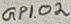
Text: GPIO2